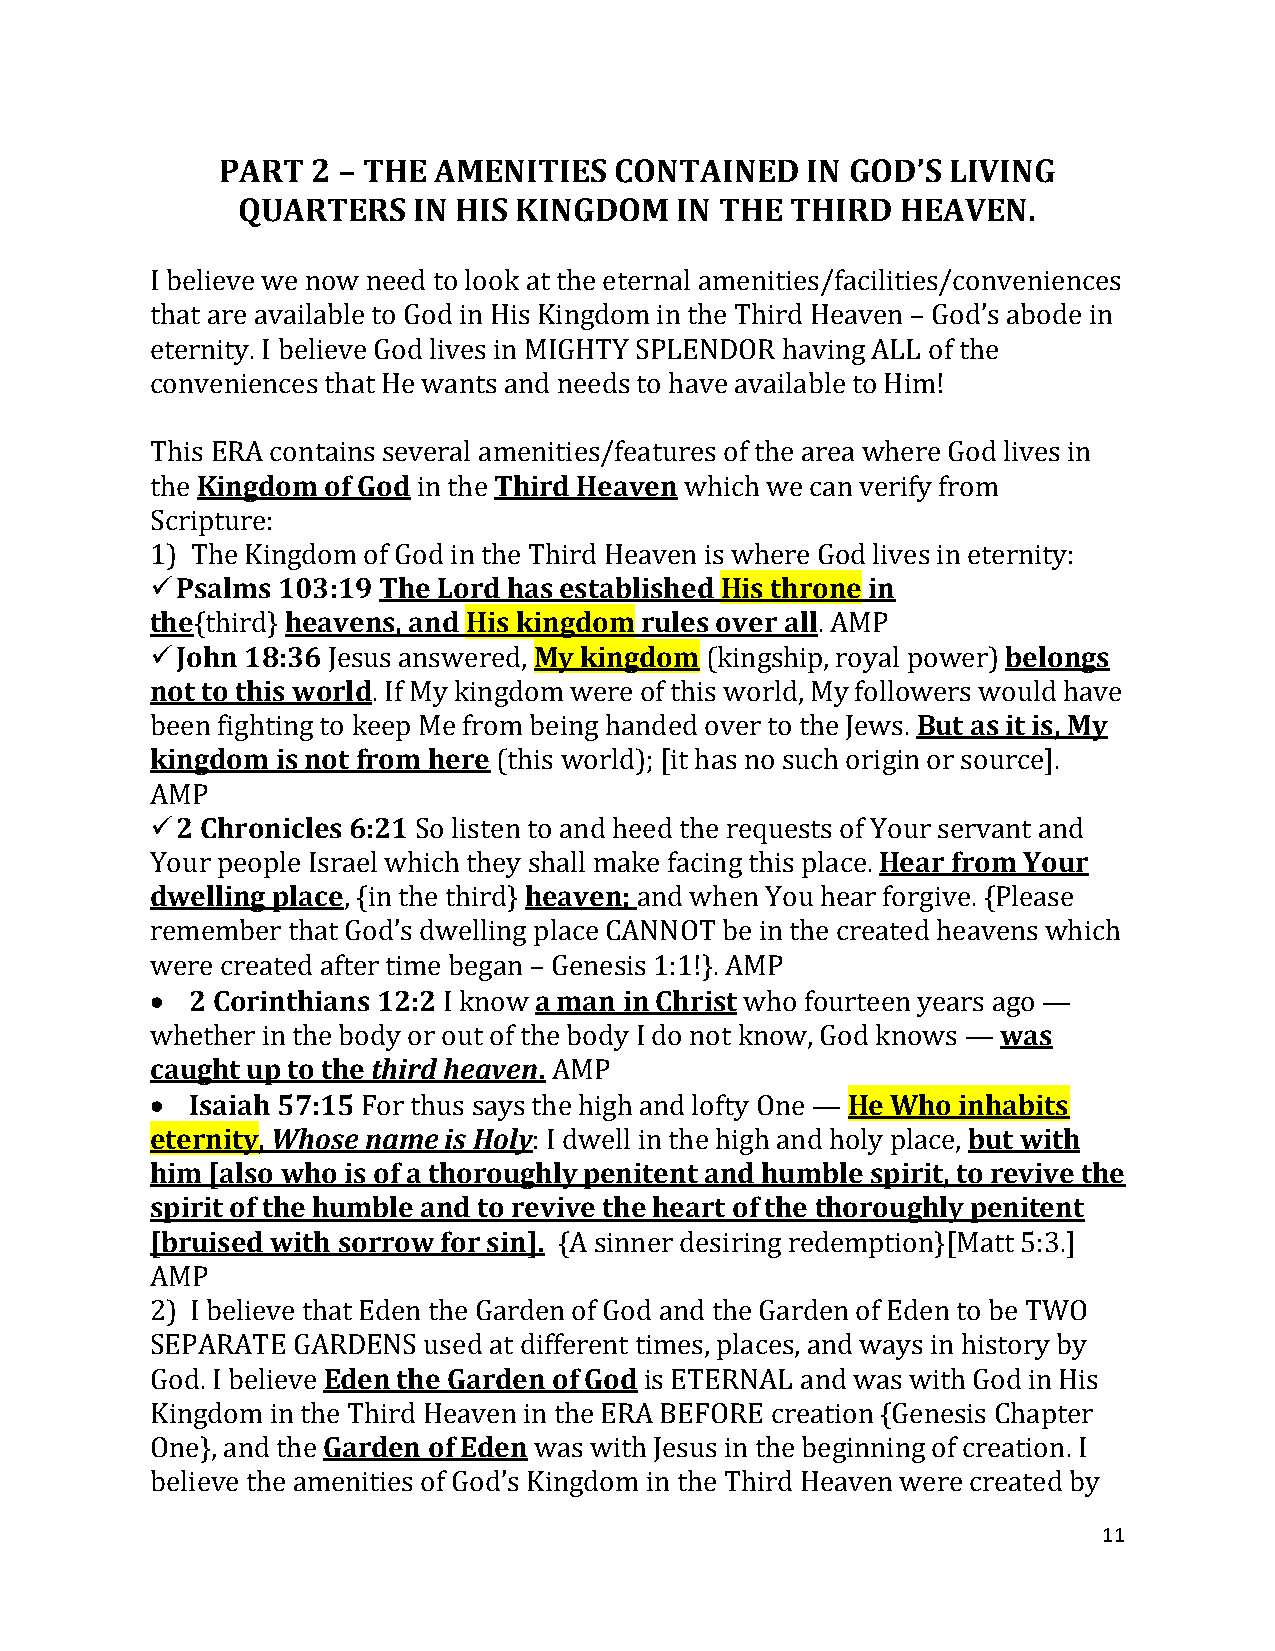
PART   2 – THE AMENITIES   CONTAINED   IN GOD’S  LIVING
 QUARTERS   IN HIS KINGDOM    IN THE THIRD   HEAVEN.
 I believe we now need to look at the eternal amenities/facilities/conveniences
 that are available to God in His Kingdom in the Third Heaven – God’s abode in
 eternity. I believe God lives in MIGHTY SPLENDOR having ALL of the
 conveniences that He wants and needs to have available to Him!
 This ERA contains several amenities/features of the area where God lives in
 the Kingdom of God in the Third Heaven which we can verify from
 Scripture:
 1) The Kingdom of God in the Third Heaven is where God lives in eternity:
 ✓Psalms 103:19 The Lord has established His throne in
 the{third} heavens, and His kingdom rules over all. AMP
 ✓John 18:36 Jesus answered, My kingdom (kingship, royal power) belongs
 not to this world. If My kingdom were of this world, My followers would have
 been fighting to keep Me from being handed over to the Jews. But as it is, My
 kingdom is not from here (this world); [it has no such origin or source].
 AMP
 ✓2 Chronicles 6:21 So listen to and heed the requests of Your servant and
 Your people Israel which they shall make facing this place. Hear from Your
 dwelling place, {in the third} heaven; and when You hear forgive. {Please
 remember that God’s dwelling place CANNOT be in the created heavens which
 were created after time began – Genesis 1:1!}. AMP
 •  2 Corinthians 12:2 I know a man in Christ who fourteen years ago —
 whether in the body or out of the body I do not know, God knows — was
 caught up to the third heaven. AMP
 •  Isaiah 57:15 For thus says the high and lofty One — He Who inhabits
 eternity, Whose name is Holy: I dwell in the high and holy place, but with
 him [also who is of a thoroughly penitent and humble spirit, to revive the
 spirit of the humble and to revive the heart of the thoroughly penitent
 [bruised with sorrow for sin]. {A sinner desiring redemption}[Matt 5:3.]
 AMP
 2) I believe that Eden the Garden of God and the Garden of Eden to be TWO
 SEPARATE GARDENS  used at different times, places, and ways in history by
 God. I believe Eden the Garden of God is ETERNAL and was with God in His
 Kingdom in the Third Heaven in the ERA BEFORE creation {Genesis Chapter
 One}, and the Garden of Eden was with Jesus in the beginning of creation. I
 believe the amenities of God’s Kingdom in the Third Heaven were created by
 11